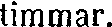
timmar.